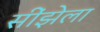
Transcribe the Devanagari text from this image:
सींझेला